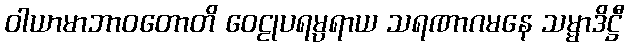
ဝါယာမာဘာဝတောတိ ဝေဠုပရမ္ပရာယ သရဏာဂမနေ သမ္မာဒိဋ္ဌီ